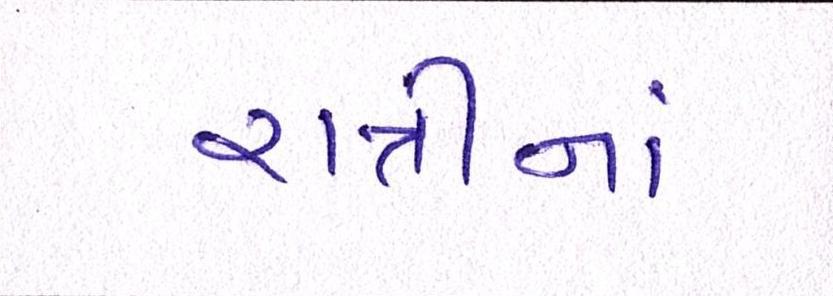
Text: રાત્રીનાં